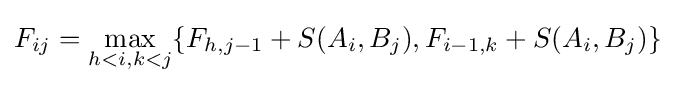
F_{ij}=\max _{h<i,k<j}\{F_{h,j-1}+S(A_{i},B_{j}),F_{i-1,k}+S(A_{i},B_{j})\}